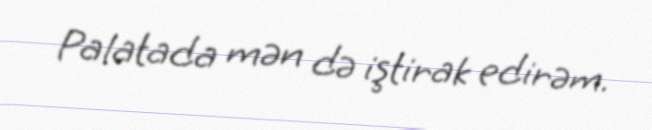
Palatada mən də iştirak edirəm.